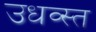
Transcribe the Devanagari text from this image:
उधव्स्त